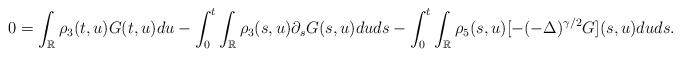
LaTeX: \begin{align*} 0= \int_{\mathbb{R}} \rho_3(t,u) G(t,u) du - \int_0^t \int_{\mathbb{R}} \rho_{3}(s,u) \partial_s G(s,u) du ds - \int_0^t \int_{\mathbb{R}} \rho_{5}(s,u) [ - (- \Delta)^{\gamma/2} G](s,u) du ds.\end{align*}